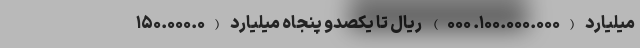
میلیارد (۱۰۰.۰۰۰.۰۰۰. ۰۰۰) ریال تا یکصدو پنجاه میلیارد (۱۵۰.۰۰۰.۰